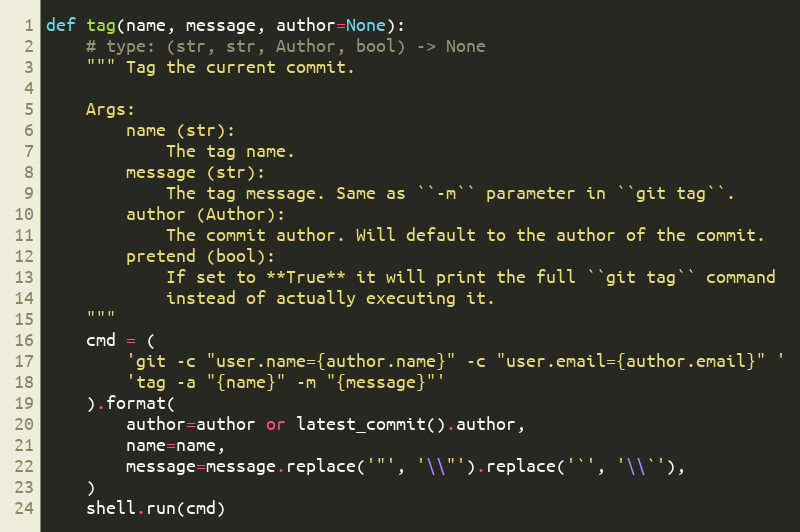
Language: Python
def tag(name, message, author=None):
    # type: (str, str, Author, bool) -> None
    """ Tag the current commit.

    Args:
        name (str):
            The tag name.
        message (str):
            The tag message. Same as ``-m`` parameter in ``git tag``.
        author (Author):
            The commit author. Will default to the author of the commit.
        pretend (bool):
            If set to **True** it will print the full ``git tag`` command
            instead of actually executing it.
    """
    cmd = (
        'git -c "user.name={author.name}" -c "user.email={author.email}" '
        'tag -a "{name}" -m "{message}"'
    ).format(
        author=author or latest_commit().author,
        name=name,
        message=message.replace('"', '\\"').replace('`', '\\`'),
    )
    shell.run(cmd)